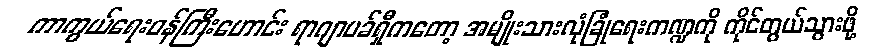
ကာကွယ်ရေးဝန်ကြီးဟောင်း ရာဂျာပခ်ရှီကတော့ အမျိုးသားလုံခြုံရေးကဏ္ဍကို ကိုင်တွယ်သွားဖို့